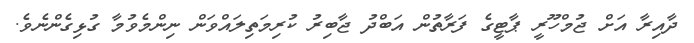
ދާއިރާ އަށް ޖުމްހޫރީ ޕާޓީގެ ފަރާތުން އަބްދު ޖާބިރު ކުރިމަތިލައްވަން ނިންމެވުމާ ގުޅިގެންނެވެ.